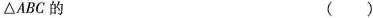
△ABC的 ()